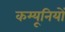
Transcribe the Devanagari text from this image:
कम्यूनियों